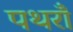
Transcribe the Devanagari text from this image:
पथराँ